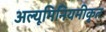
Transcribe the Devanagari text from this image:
अल्यूमिनियमीकृत